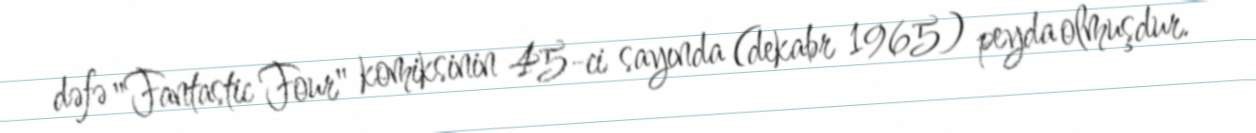
dəfə "Fantastic Four" komiksinin 45-ci sayında (dekabr 1965) peyda olmuşdur.